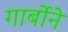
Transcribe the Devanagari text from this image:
गार्बोने